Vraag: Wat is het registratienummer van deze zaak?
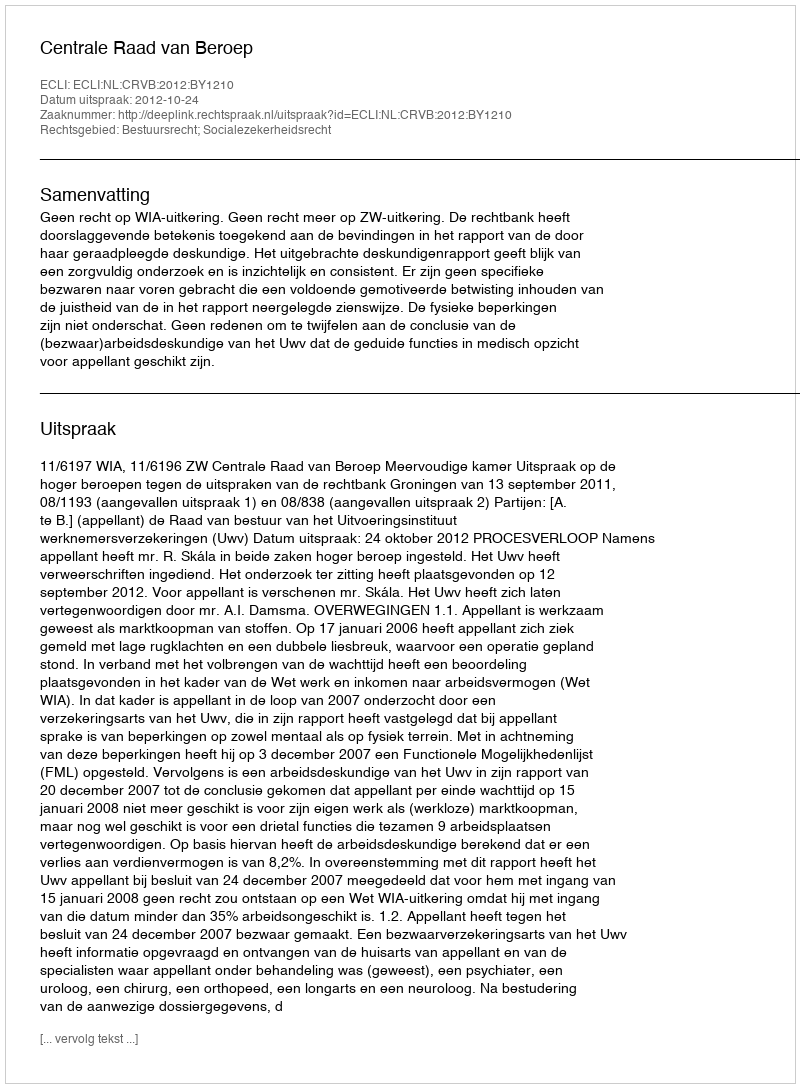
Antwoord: http://deeplink.rechtspraak.nl/uitspraak?id=ECLI:NL:CRVB:2012:BY1210